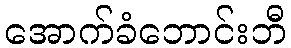
အောက်ခံဘောင်းဘီ